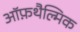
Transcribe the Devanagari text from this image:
ऑफ़थैल्मिक